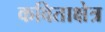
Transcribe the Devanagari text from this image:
कविताक्षेत्र